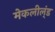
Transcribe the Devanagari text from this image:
मेकलील्ंड